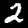
Digit: 2